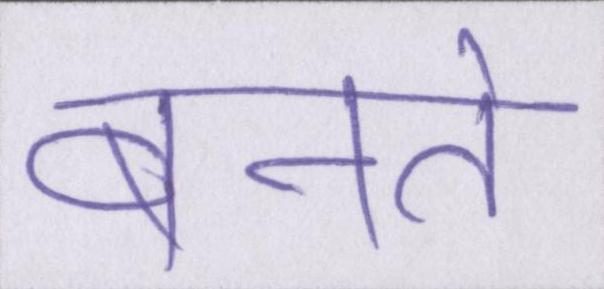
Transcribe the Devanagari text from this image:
बनते